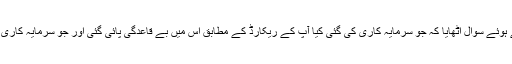
اس دوران اسحاق ڈار کے وکیل خواجہ حارث نے جرح کرتے ہوئے سوال اٹھایا کہ جو سرمایہ کاری کی گئی کیا آپ کے ریکارڈ کے مطابق اس میں بے قاعدگی پائی گئی اور جو سرمایہ کاری کی گئی اس پر جو منافع دیا گیا کیا وہ ٹیکس کاٹ کر دیا گیا ۔